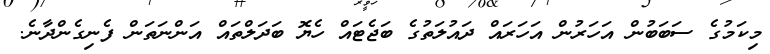
މިކަމުގެ ސަބަބުން އަހަރުން އަހަރައް ދައުލަތުގެ ބަޖެޓައް ހެޔޮ ބަދަލްތައް އަންނަތަން ފެނިގެންދާނެ.